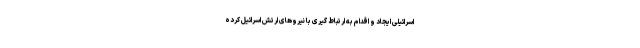
اسرائیلی ایجاد و اقدام به ارتباط گیری با نیروهای ارتش اسرائیل کرده